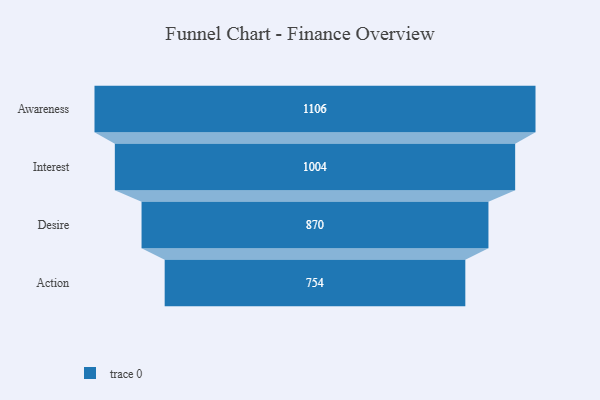
{"axis": {"x": "Stage", "y": "Value"}, "legend": [""], "data": [{"x": "Awareness", "y": 1106.0, "type": ""}, {"x": "Interest", "y": 1004.0, "type": ""}, {"x": "Desire", "y": 870.0, "type": ""}, {"x": "Action", "y": 754.0, "type": ""}]}